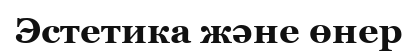
Эстетика және өнер